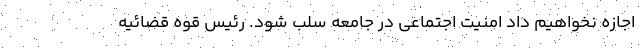
اجازه نخواهیم داد امنیت اجتماعی در جامعه سلب شود. رئیس قوه قضائیه